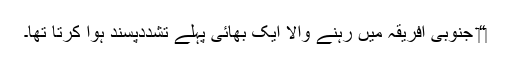
‏“‏ جنوبی افریقہ میں رہنے والا ایک بھائی پہلے تشددپسند ہوا کرتا تھا۔